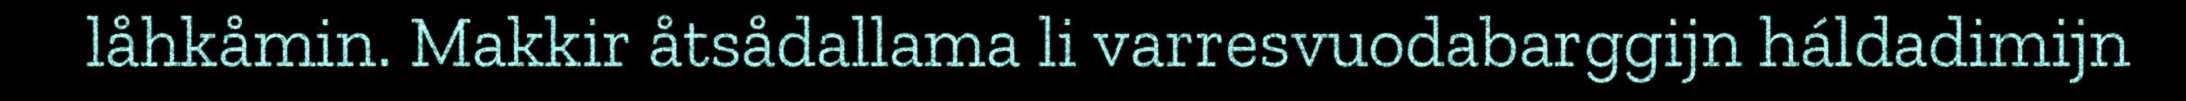
låhkåmin. Makkir åtsådallama li varresvuodabarggijn háldadimijn